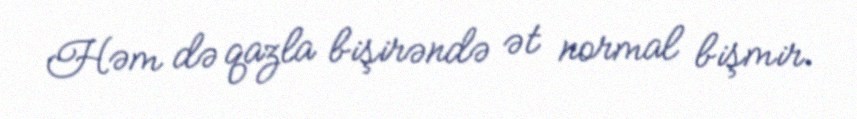
Həm də qazla bişirəndə ət normal bişmir.